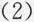
(2)